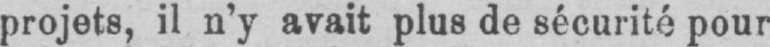
projets, il n’y avait plus de sécurité pour